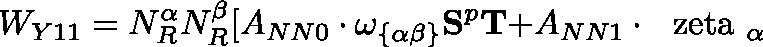
W _ { Y 1 1 } = N _ { R } ^ { \alpha } N _ { R } ^ { \beta } [ A _ { N N 0 } \cdot \omega _ { \{ \alpha \beta \} } { \bf S } ^ { p } { \bf T + } A _ { N N 1 } \cdot \mathrm { \boldmath ~ \ z e t a ~ } _ { \alpha }